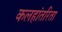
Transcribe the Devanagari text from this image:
कलहांतरिता